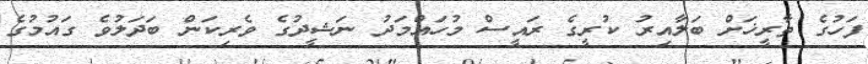
ފަހުގެ ތާރީޚަށް ބަލާއިރު ކުރީގެ ރައީސް މުހައްމަދު ނަޝީދުގެ ވެރިކަން ބަދަލުވެ ގައުމުގެ